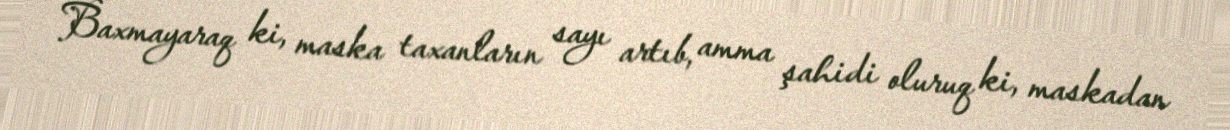
Baxmayaraq ki, maska taxanların sayı artıb, amma şahidi oluruq ki, maskadan